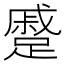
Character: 蹙